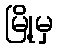
မြို့မှ